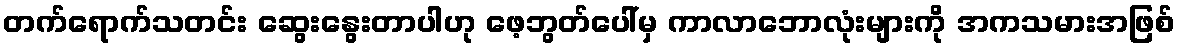
တက်ရောက်သတင်း ဆွေးနွေးတာပါဟု ဖေ့ဘွတ်ပေါ်မှ ကာလာဘောလုံးများကို အကသမားအဖြစ်